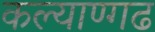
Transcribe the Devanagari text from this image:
कल्याण्गढ